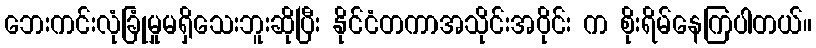
ဘေးကင်းလုံခြုံမှုမရှိသေးဘူးဆိုပြီး နိုင်ငံတကာအသိုင်းအဝိုင်း က စိုးရိမ်နေကြပါတယ်။